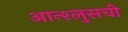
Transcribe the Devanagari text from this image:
आन्श्लुसची